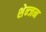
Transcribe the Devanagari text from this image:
शेन्जन